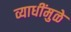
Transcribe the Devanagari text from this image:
व्याधींमुळे